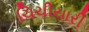
ચિચીયારી